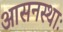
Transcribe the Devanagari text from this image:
आसनस्थाः